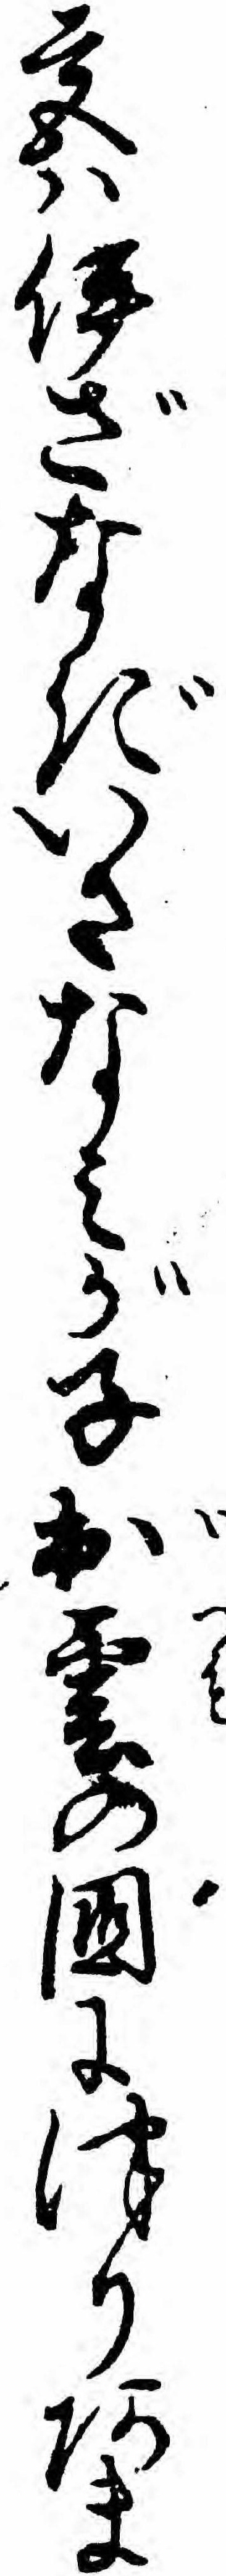
宮ハ伊ざなぎいさなミが子出雲の国につりあま